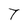
Character: T